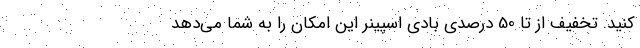
کنید. تخفیف از تا 50 درصدی بادی اسپینر این امکان را به شما می‌دهد